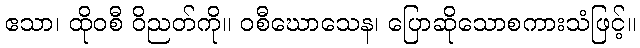
ဧသာ၊ ထိုဝစီ ဝိညတ်ကို။ ဝစီဃောသေန၊ ပြောဆိုသောစကားသံဖြင့်။